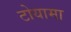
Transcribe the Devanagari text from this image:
टोयामा